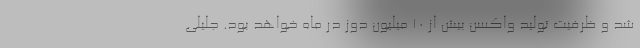
شد و ظرفیت تولید واکسن بیش از ۱۰ میلیون دوز در ماه خواهد بود. جلیلی